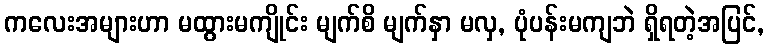
ကလေးအများဟာ မထွားမကျိုင်း မျက်စိ မျက်နှာ မလှ, ပုံပန်းမကျဘဲ ရှိရတဲ့အပြင်,